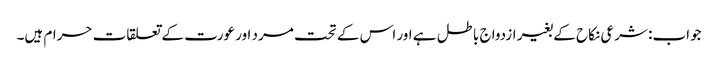
جواب: شرعی نکاح کے بغیر ازدواج باطل ہے اور اس کے تحت مرد اور عورت کے تعلقات حرام ہیں۔